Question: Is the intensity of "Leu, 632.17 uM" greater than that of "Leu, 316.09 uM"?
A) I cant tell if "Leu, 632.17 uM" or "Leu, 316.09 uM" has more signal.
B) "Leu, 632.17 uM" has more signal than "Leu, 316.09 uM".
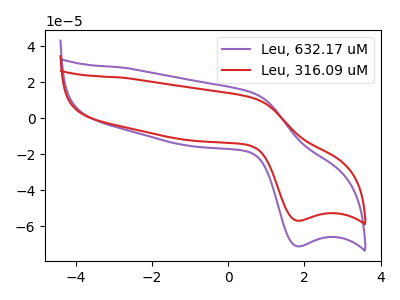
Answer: <think>The purple curve "Leu, 632.17 uM" has an anodic peak at (0.65V, 14.05uA) and a cathodic peak at (1.80V, -71.00uA). The red curve "Leu, 316.09 uM" has an anodic peak at (0.65V, 11.25uA) and a cathodic peak at (1.80V, -56.80uA).
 All the peaks in "Leu, 632.17 uM" have a peak in "Leu, 316.09 uM" at the same potential. Every peak in "Leu, 632.17 uM" is higher than every peak in "Leu, 316.09 uM".</think>
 <answer>B) "Leu, 632.17 uM" has more signal than "Leu, 316.09 uM".</answer>
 <eval>B</eval>